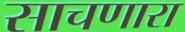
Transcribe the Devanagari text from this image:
साचणारा